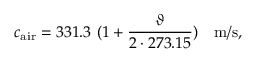
c _ { \mathrm { a i r } } = 3 3 1 . 3 ~ ( 1 + { \frac { \vartheta } { 2 \cdot 2 7 3 . 1 5 } } ) ~ ~ ~ \mathrm { m / s } ,